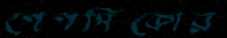
পেপসিকোর